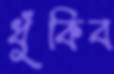
ধুঁকিব